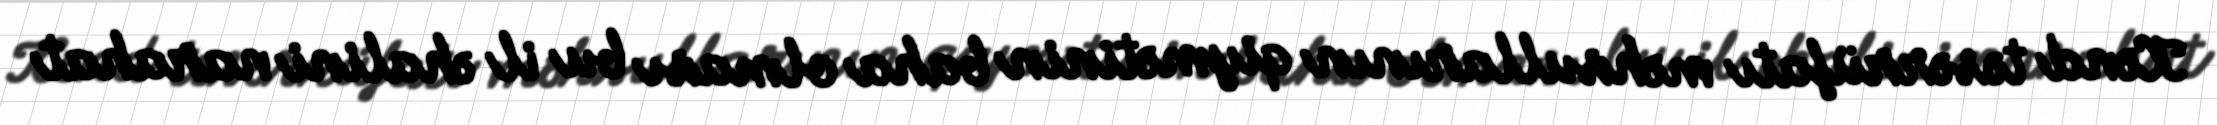
Kənd təsərrüfatı məhsullarının qiymətinin baha olması bu il əhalini narahat